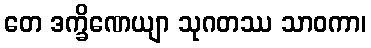
တေ ဒက္ခိဏေယျာ သုဂတဿ သာဝကာ၊